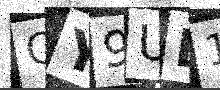
Text: QY9UD1